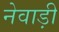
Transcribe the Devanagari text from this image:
नेवाड़ी